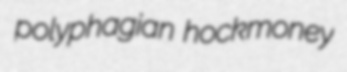
polyphagian hockmoney